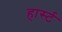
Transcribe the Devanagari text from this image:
हार्स्ट